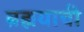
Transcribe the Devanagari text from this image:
ब्रह्मयाची